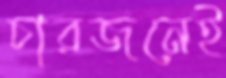
চারজনেই